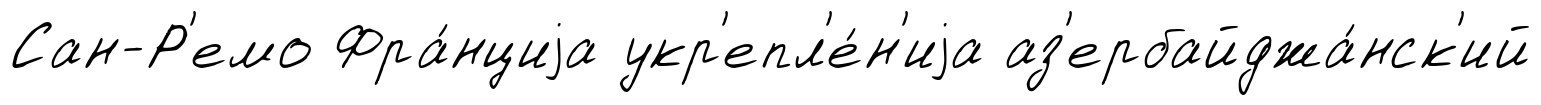
Сан-Р'емо Фра́нциjа укр'епл'е́н'иjа аз'ербайджа́нск'ий